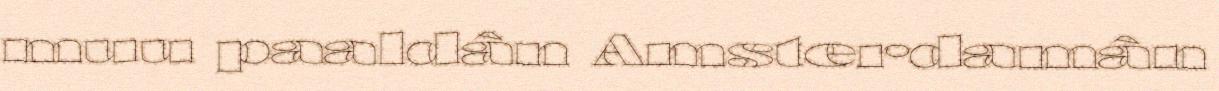
muu paaldân Amsterdamân